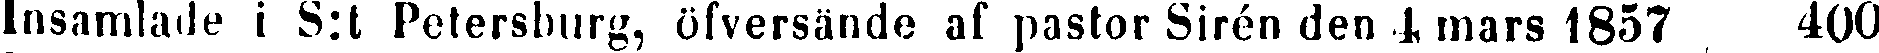
Insamlade i S:t Petersburg, öfversände af pastor Sirén den 4 mars 1857 400